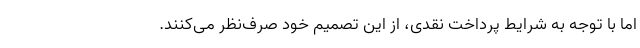
اما با توجه به شرایط پرداخت نقدی، از این تصمیم خود صرف‌نظر می‌کنند.